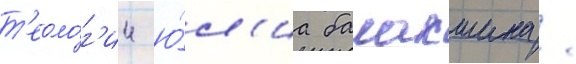
т'еоло́г'ии ю́л'иа балакшина /